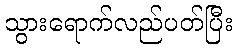
သွားရောက်လည်ပတ်ပြီး